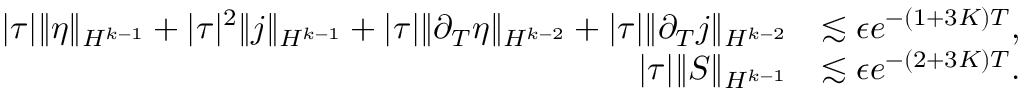
\begin{array} { r l } { | \tau | \| \eta \| _ { H ^ { k - 1 } } + | \tau | ^ { 2 } \| j \| _ { H ^ { k - 1 } } + | \tau | \| \partial _ { T } \eta \| _ { H ^ { k - 2 } } + | \tau | \| \partial _ { T } j \| _ { H ^ { k - 2 } } } & { \lesssim \epsilon e ^ { - ( 1 + 3 K ) T } , } \\ { | \tau | \| S \| _ { H ^ { k - 1 } } } & { \lesssim \epsilon e ^ { - ( 2 + 3 K ) T } . } \end{array}